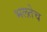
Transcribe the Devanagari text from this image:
भलतेच